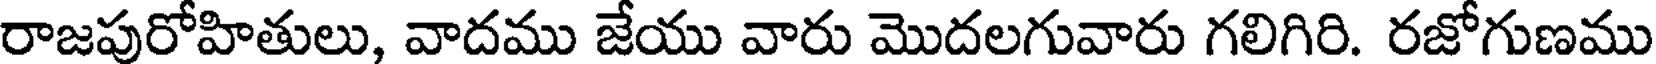
రాజపురోహితులు, వాదము జేయు వారు మొదలగువారు గలిగిరి. రజోగుణము